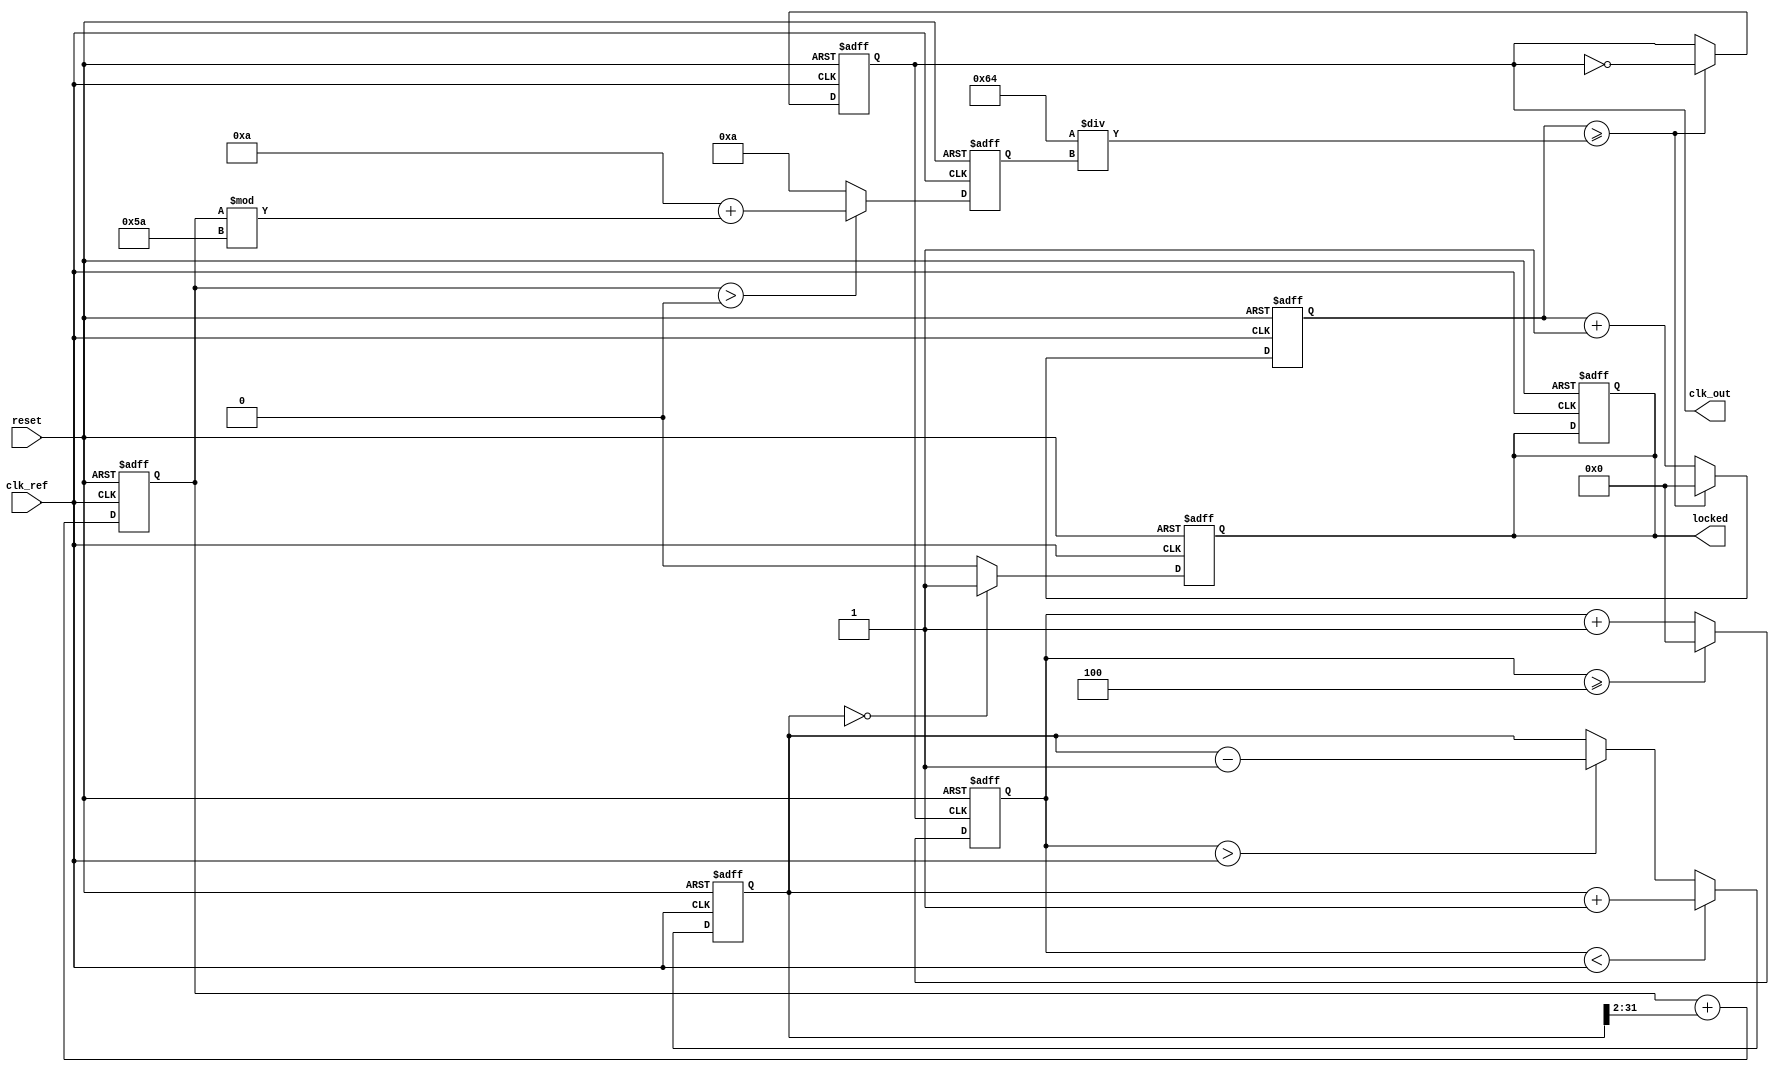
module PLL (
    input wire clk_ref,            // Reference clock input
    input wire reset,              // Asynchronous reset
    output reg clk_out,            // Output clock
    output reg locked              // Lock status
);

    // Parameters for the PLL
    parameter DIV_RATIO = 4;       // Feedback divider ratio
    parameter VCO_MAX_FREQ = 100;  // Max frequency for VCO
    parameter VCO_MIN_FREQ = 10;   // Min frequency for VCO

    // Internal signals
    reg [31:0] phase_error;         // Phase error signal
    reg [31:0] control_voltage;     // Control voltage for VCO
    reg [31:0] vco_output;          // VCO output frequency
    reg [31:0] feedback_div;        // Feedback divider output
    reg [31:0] vco_counter;         // VCO counter for frequency generation

    // Phase Detector (PD)
    always @(posedge clk_ref or posedge reset) begin
        if (reset) begin
            phase_error <= 0;
        end else begin
            // Simple phase detector logic
            if (feedback_div < clk_ref) begin
                phase_error <= phase_error + 1; // Phase error detected
            end else if (feedback_div > clk_ref) begin
                phase_error <= phase_error - 1; // Phase error detected
            end
        end
    end

    // Low Pass Filter (LPF)
    always @(posedge clk_ref or posedge reset) begin
        if (reset) begin
            control_voltage <= 0;
        end else begin
            // Simple LPF implementation
            control_voltage <= control_voltage + (phase_error >> 2); // Smoothing
        end
    end

    // Voltage-Controlled Oscillator (VCO)
    always @(posedge clk_ref or posedge reset) begin
        if (reset) begin
            vco_output <= VCO_MIN_FREQ;
            vco_counter <= 0;
            clk_out <= 0;
            locked <= 0;
        end else begin
            // Adjust VCO frequency based on control voltage
            if (control_voltage > 0) begin
                vco_output <= VCO_MIN_FREQ + (control_voltage % (VCO_MAX_FREQ - VCO_MIN_FREQ));
            end else begin
                vco_output <= VCO_MIN_FREQ; // Minimum frequency
            end

            // Generate output clock based on VCO output frequency
            vco_counter <= vco_counter + 1;
            if (vco_counter >= (100 / vco_output)) begin
                clk_out <= ~clk_out; // Toggle output clock
                vco_counter <= 0;
            end
        end
    end

    // Feedback Divider
    always @(posedge clk_out or posedge reset) begin
        if (reset) begin
            feedback_div <= 0;
        end else begin
            feedback_div <= feedback_div + 1;
            if (feedback_div >= DIV_RATIO) begin
                feedback_div <= 0; // Reset feedback divider
            end
        end
    end

    // Lock detection logic
    always @(posedge clk_ref or posedge reset) begin
        if (reset) begin
            locked <= 0;
        end else begin
            // Simple lock detection based on phase error
            if (phase_error == 0) begin
                locked <= 1; // PLL is locked
            end else begin
                locked <= 0; // PLL is not locked
            end
        end
    end

endmodule